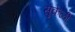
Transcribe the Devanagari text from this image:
सुकेळी